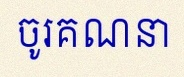
ចូរគណនា